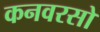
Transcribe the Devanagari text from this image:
कनवरसो